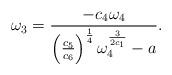
LaTeX: \begin{align*}\omega _{3}=\frac{-c_{4}\omega _{4}}{\left( \frac{c_{5}}{c_{6}}\right) ^{\frac{1}{4}}\omega _{4}^{\frac{3}{2c_{1}}}-a}. \end{align*}